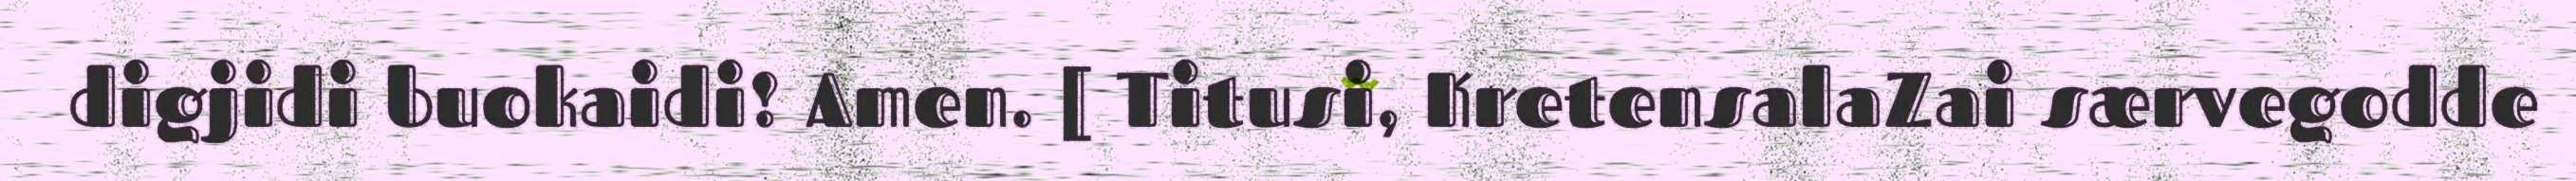
digjidi buokaidi! Amen. [ Titusi, KretensalaZai særvegodde